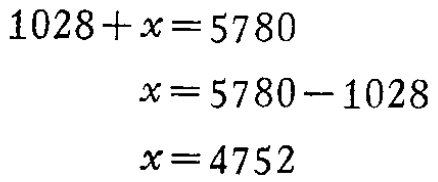
\[

\begin{align*}

1028 + x&=5780\\

x&=5780 - 1028\\

x&=4752

\end{align*}

\]